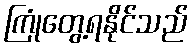
ကြုံတွေ့ရနိုင်သည်